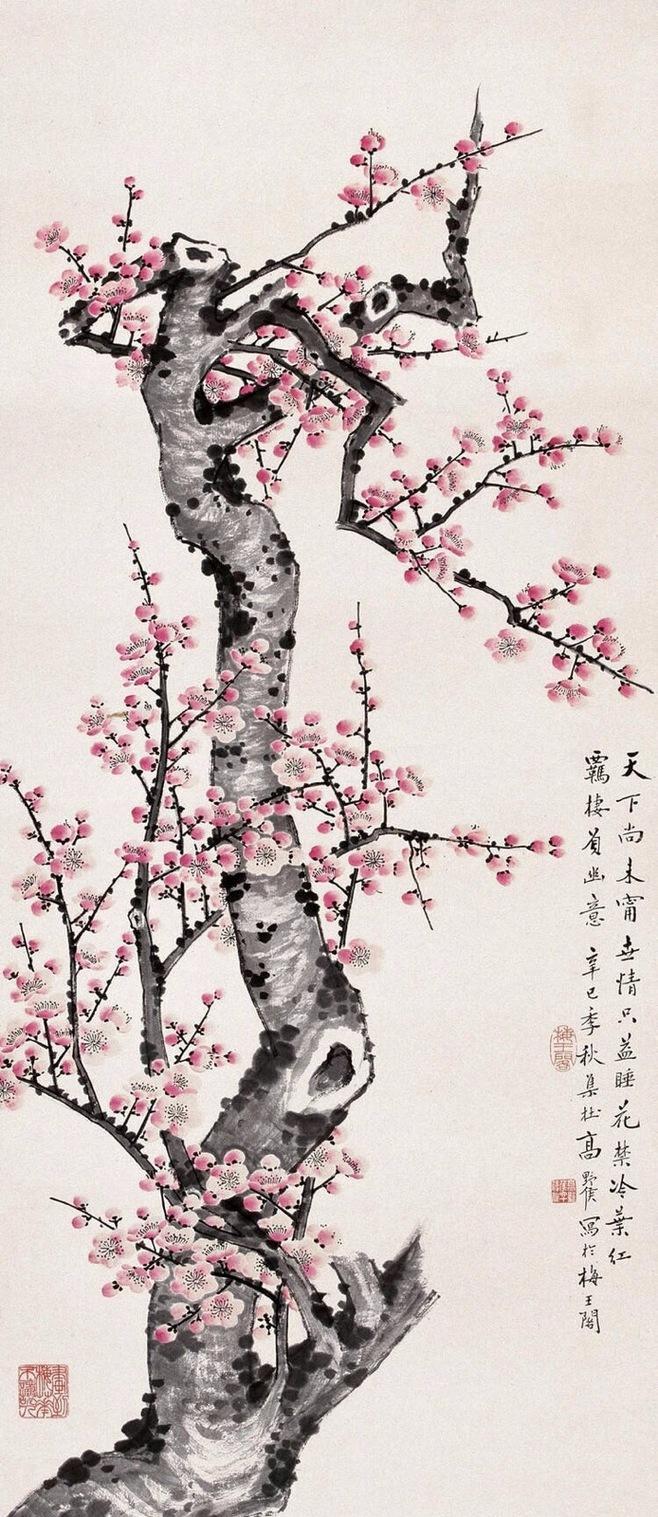
香闻流水处，影落野人家。